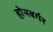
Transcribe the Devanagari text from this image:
होमबर्गर